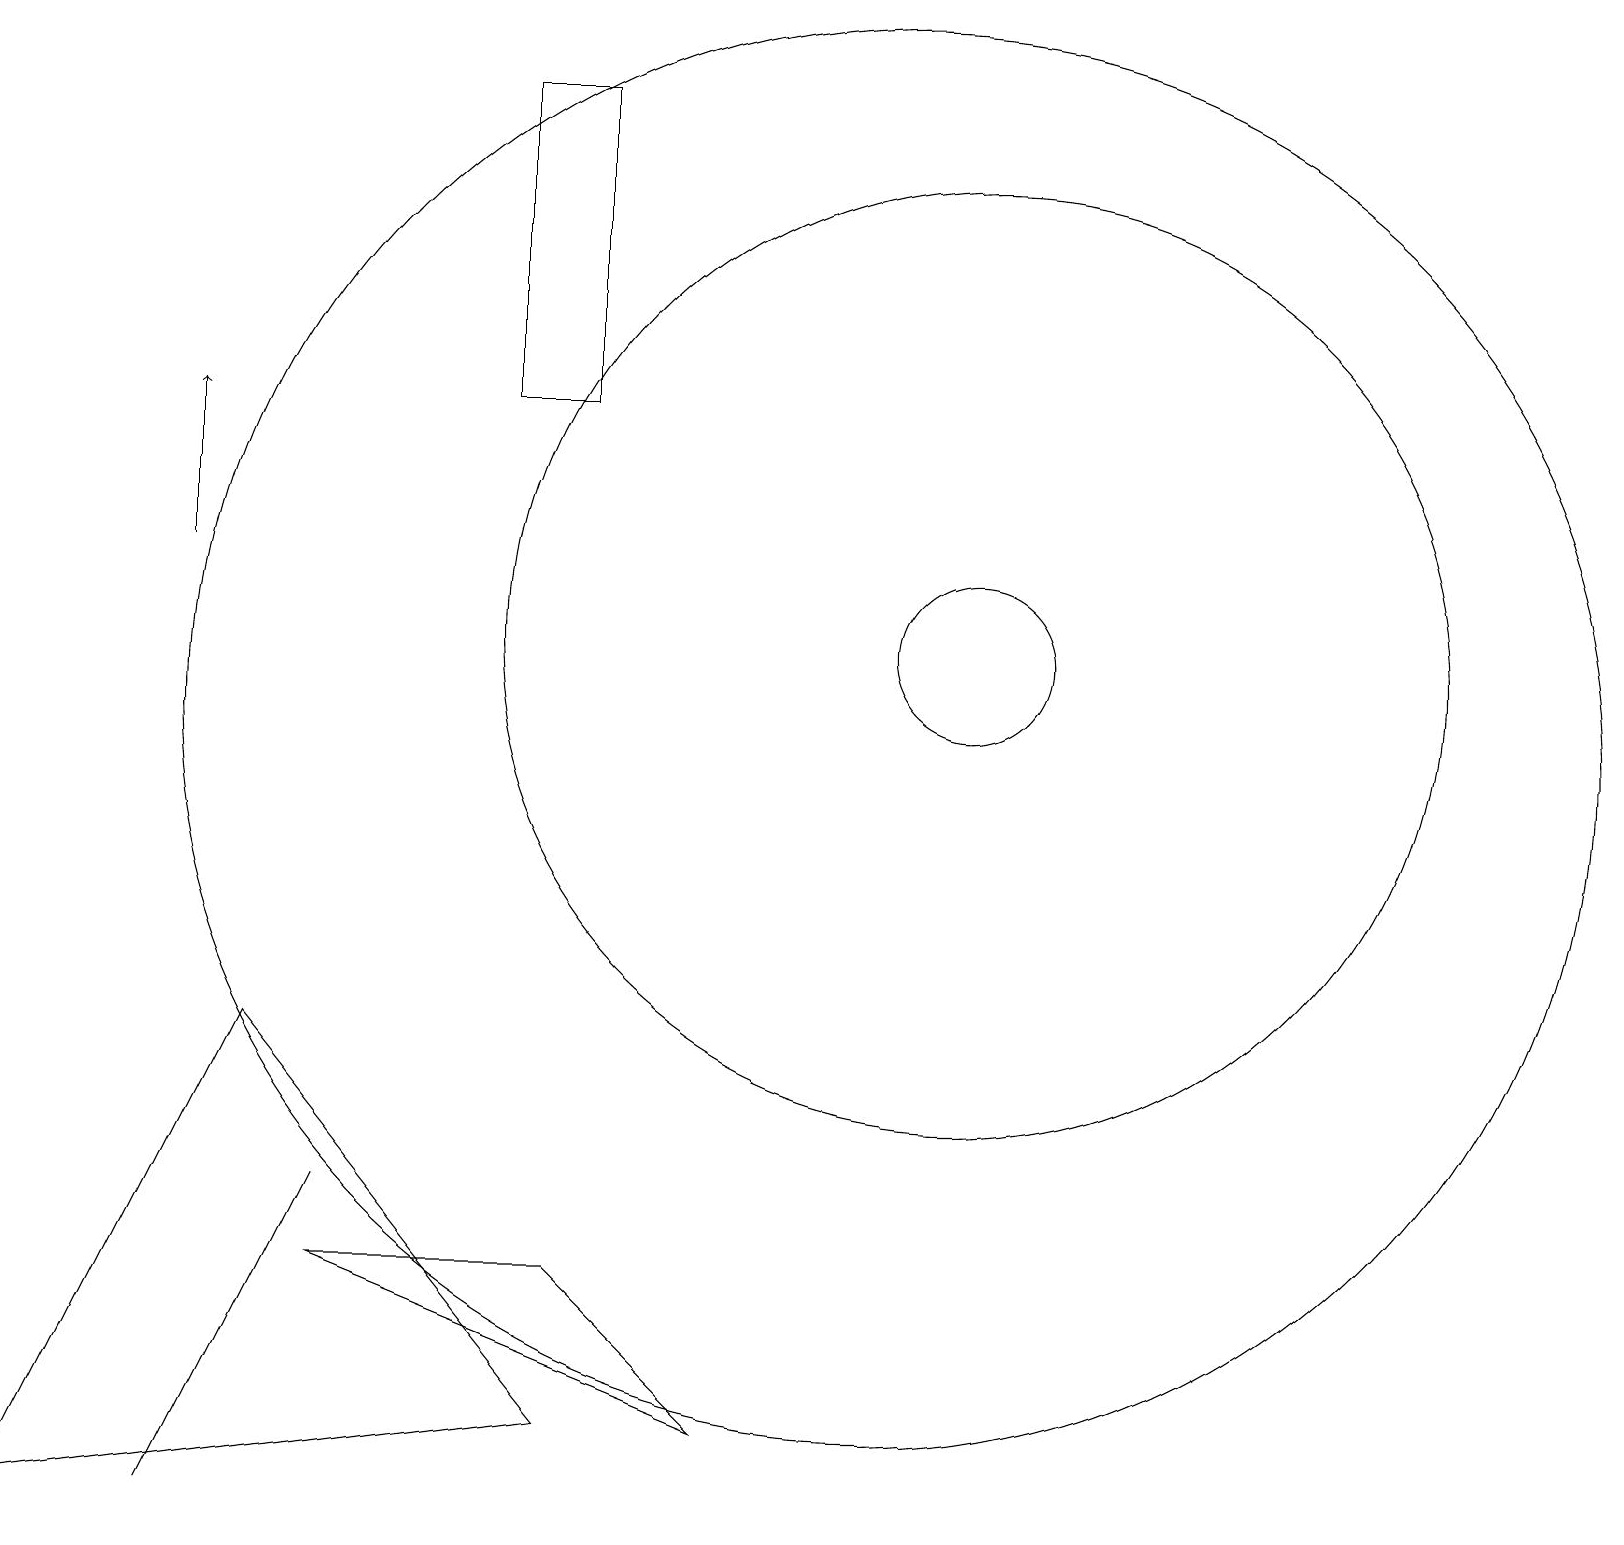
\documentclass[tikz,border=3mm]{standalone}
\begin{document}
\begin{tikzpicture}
\draw (3,6) -- (7,1) -- (0,0) -- cycle;
\draw (9,1) -- (4,3) -- (7,3) -- cycle;
\draw (11,10) circle (9);
\draw (12,11) circle (1);
\draw[->] (2,12) -- (2,14);
\draw (4,4) -- (4,4) -- (2,0) -- cycle;
\draw (6,14) rectangle (7,18);
\draw (12,11) circle (6);
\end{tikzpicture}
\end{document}